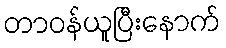
တာဝန်ယူပြီးနောက်